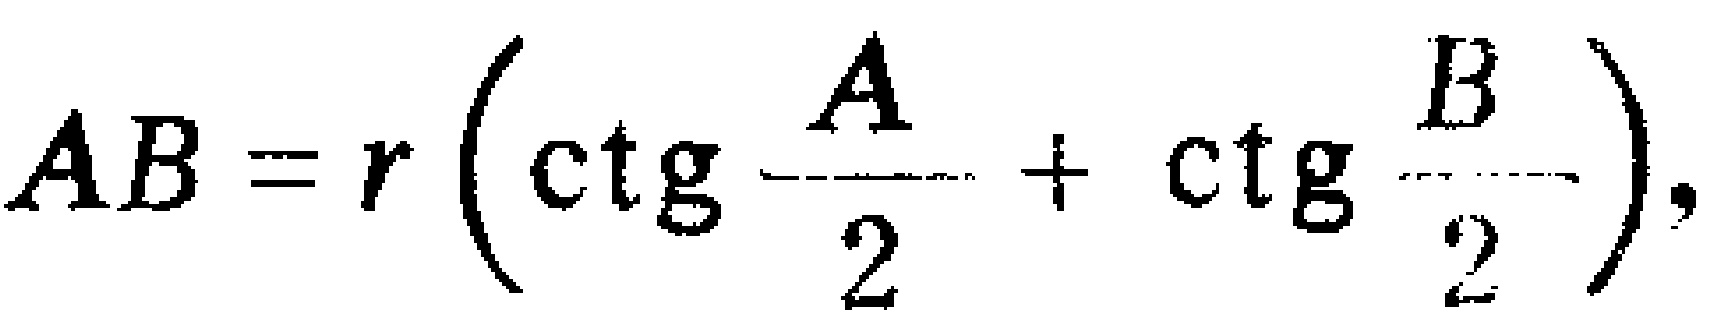
\(AB = r \left(\ctg \frac{A}{2} + \ctg \frac{B}{2}\right),\)